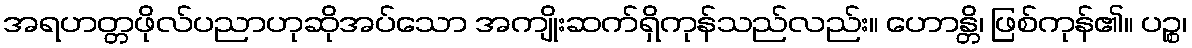
အရဟတ္တဖိုလ်ပညာဟုဆိုအပ်သော အကျိုးဆက်ရှိကုန်သည်လည်း။ ဟောန္တိ၊ ဖြစ်ကုန်၏။ ပဉ္စ၊